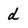
Character: d